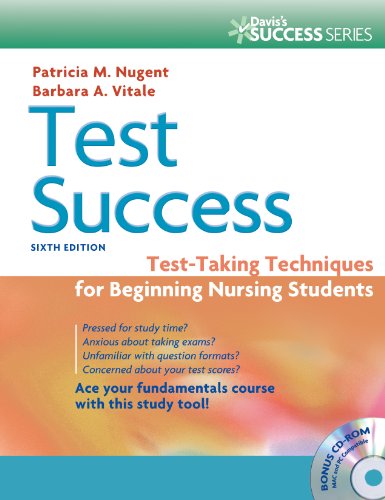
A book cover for Test Success: Test-Taking Techniques for Beginning Nursing Students; Patricia M. Nugent RN  EdD; Medical Books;